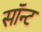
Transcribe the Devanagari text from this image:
सॉन्ट